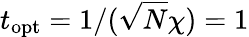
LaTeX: t_{\textnormal{opt}}=1/(\sqrt{N}\chi)=1